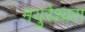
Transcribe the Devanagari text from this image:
मयुरेश्वरा